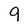
Character: 9